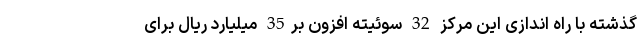
گذشته با راه اندازی این مرکز 32 سوئیته افزون بر35 میلیارد ریال برای